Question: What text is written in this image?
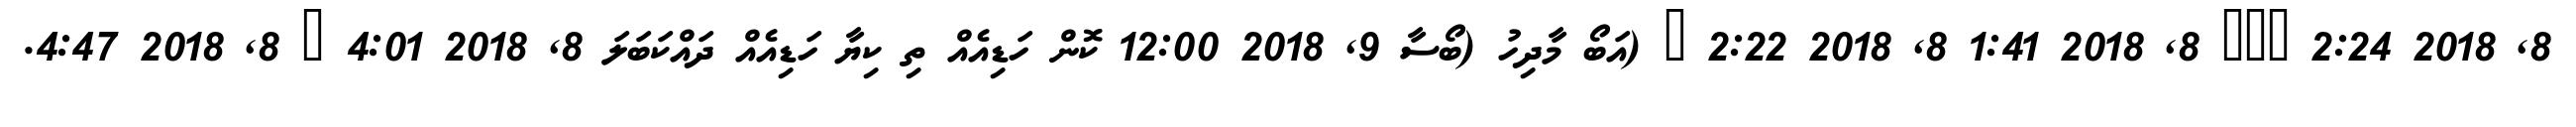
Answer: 8, 2018 2:24 ??? 8, 2018 1:41 8, 2018 2:22 ? (އަބޯ މާދިހު (ބޯސާ 9, 2018 12:00 ކޮން ހަޑިއެއް ތި ކިޔާ ހަޑިއެއް ދައްކަބަލަ 8, 2018 4:01 ? 8, 2018 4:47.